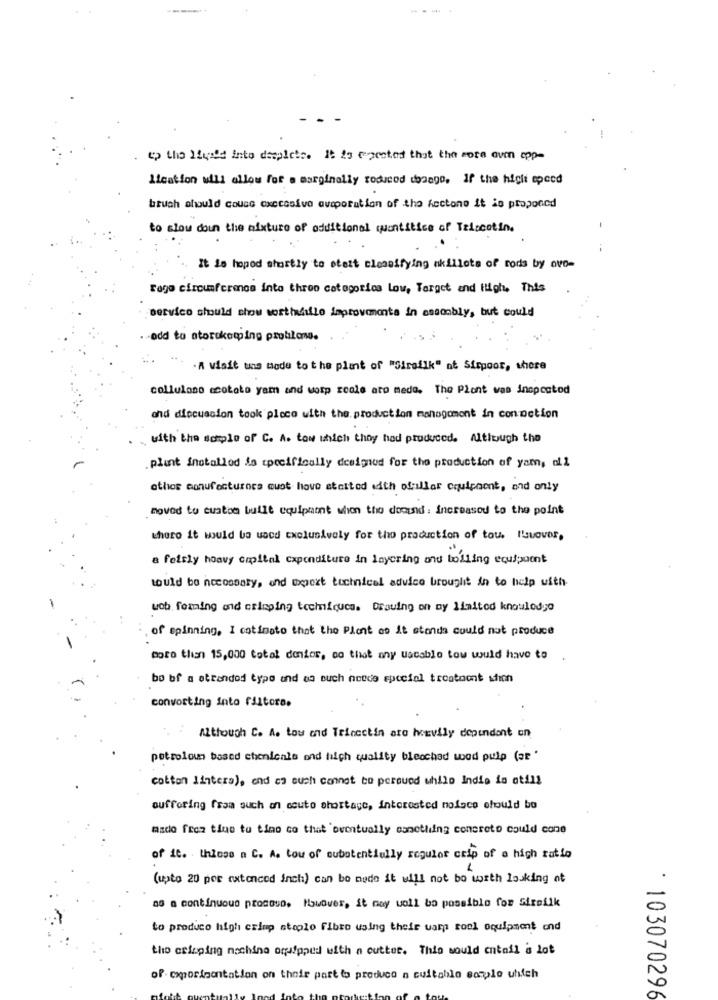
up the Ilyi'd into desplets. It 25 ecpected that the core oven cpp=
Lication will allow for a marginally roducod conago. If the higli speed
bruch should cousc oxecosive ausporation of the Acctono it is proponed
to slow doun the mixture of additional quantitice of Teiscotin.
It is hopod shortly to stett closeifying okillots of rods by ovo-
Togo circumference into three categories Low, Target and ilight, This
service should show worthwhile improvements in essoably, but could
-odd to atorukemping problems.
.A visit uns mode to the plant of "Sirailk" of Sirpoor, where
collulono ccototo yam and worp reale are medo. The Plant was inspected
and discussion took place with the production management in connction
with the soplo of C. A. tow which they had produced. Altlough the
plant installed is specifically designed for the production of yam, all
other conufacturers must have started with abiliar equipment, and only
moved to custom built equipment when the docund: Increased to the point
thero it would bo wocd Exclusively for the production of tou, Ilsuovor,
a feitly heavy capital expenditure in layering and boiling equipment
would be necessary, and wherext technical advice broughit in to help with
wob forming and crimping techniques. Drawing on my limited knowledge
of spinning. I cotinoto that the Plant as it stands could not produce
coco thisn 15,000 total donios, co that any uacable tow would have to
bo of a attended type and as such notce special treatment when
convorting into ristoro.
Although C. A. tow and Trincetin are ivevily dependent on
petroloun based chenienle ond high quality bleochad wood pulp (ar "
cotton lintera), end es such connot bo peroued while Indie in otill
oufforing from such an acute shortage, interested noface ofould bo
mado frez tine to tino co that eventually esnothing concreto could cone
of it. . thlose a C. A. tou of subotentiully regulot crip of a high ratio
(upto 20 por axtonced inch) can be nude it will not be worth louking of
as a continuous promoso. However, it may woll bo possible for Sireilk
to produco high crimp steplo fibro using their uamp rock equipment and
the crisping machine equipped with a cutter. This would entall is lot
of- cxporimantation on their part to produce a cuitablo sample uhich
: 103070296